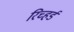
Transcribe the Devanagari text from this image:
रिच्हर्ड